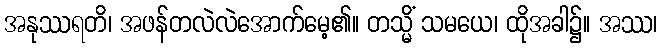
အနုဿရတိ၊ အဖန်တလဲလဲအောက်မေ့၏။ တသ္မိံ သမယေ၊ ထိုအခါ၌။ အဿ၊